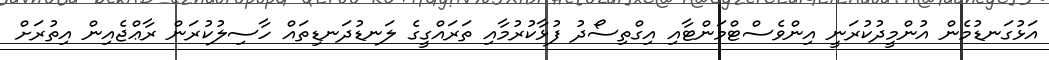
އަޅުގަނޑުމެން އުންމީދުކުރަނީ އިންވެސްޓްމަންޓާއި އިގްތިސޯދު ފުޅާކުރުމާއި ތަރައްގީގެ ލަނޑުދަނޑިތައް ހާސިލުކުރަން ރާޢްޖެއިން އިތުރަށް